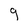
Character: 9